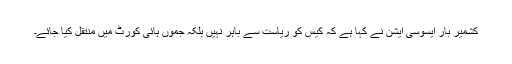
کشمیر بار ایسوسی ایشن نے کہا ہے کہ کیس کو ریاست سے باہر نہیں بلکہ جموں ہائی کورٹ میں منتقل کیا جائے۔